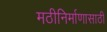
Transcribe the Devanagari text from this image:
मठीनिर्माणासाठी